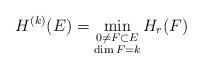
LaTeX: \begin{align*}H^{(k)}(E)=\min\limits_{\substack{0 \neq F \subset E\\ \dim F = k}} H_r(F)\end{align*}